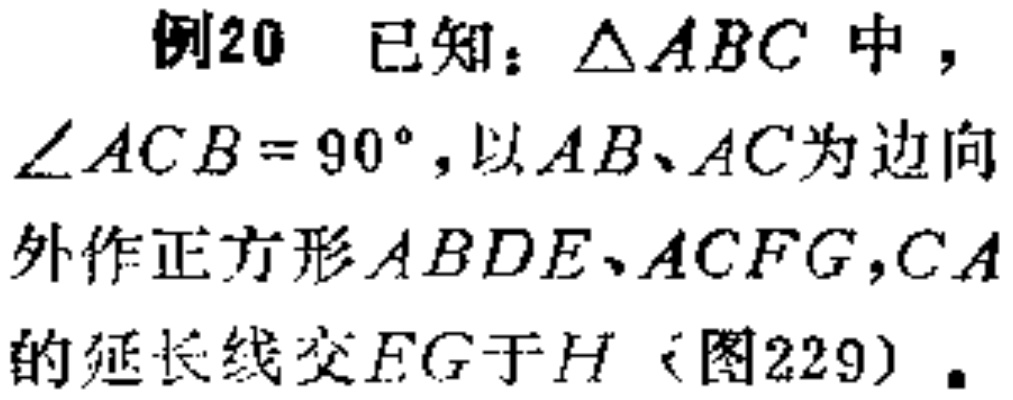
例20 已知：$\triangle ABC$中，$\angle ACB = 90^{\circ}$，以$AB、AC$为边向外作正方形$ABDE、ACFG$，$CA$的延长线交$EG$于$H$（图229）.